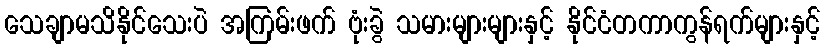
သေချာမသိနိုင်သေးပဲ အကြမ်းဖက် ဗုံးခွဲ သမားများများနှင့် နိုင်ငံတကာကွန်ရက်များနှင့်